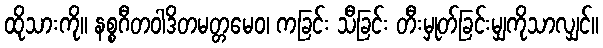
ထိုသားကို။ နစ္စဂီတဝါဒိတမတ္တမေဝ၊ ကခြင်း သီခြင်း တီးမှုတ်ခြင်းမျှကိုသာလျှင်။